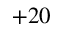
+ 2 0